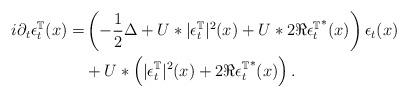
LaTeX: \begin{align*} i\partial_{t}\epsilon_{t}^{\mathbb T}(x) = & \left( -\frac{1}{2}\Delta+ U*|\epsilon_{t}^{\mathbb T}|^{2}(x) + U*2\Re{\epsilon^{\mathbb T}_{t}}^{*}(x) \right) \epsilon_{t}(x) \\ & + U*\left( |\epsilon^{\mathbb T}_{t}|^{2}(x) + 2\Re{\epsilon^{\mathbb T}_{t}}^{*}(x) \right). \end{align*}